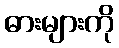
ဓားများကို